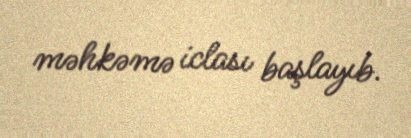
məhkəmə iclası başlayıb.